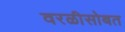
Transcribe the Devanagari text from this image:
वरळीसोबत